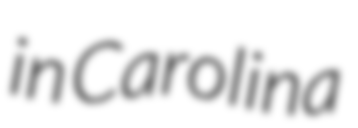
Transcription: in Carolina